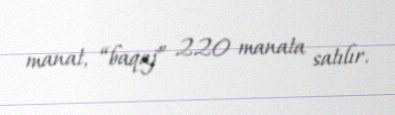
manat, “baqaj” 220 manata satılır.